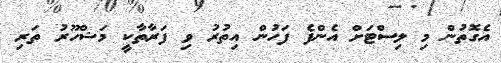
އެގޮތުން މި ލިސްޓަށް އެންފެ ފަހުން އިތުރު ވި ފަރާތާކީ މަޝްހޫރު ތަރި